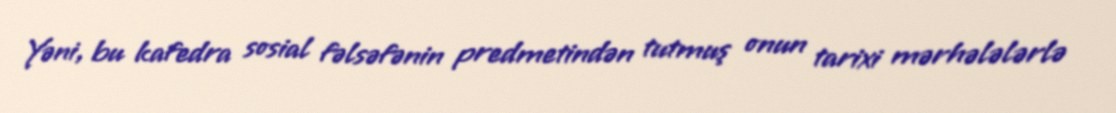
Yəni, bu kafedra sosial fəlsəfənin predmetindən tutmuş onun tarixi mərhələlərlə